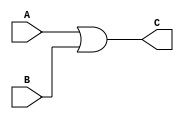
/******************************************************************
* Description
*		This is an OR gate:
* Version:
*	1.0
* Author:
*Alexis Ramirez Salgado
* email:
*	Alexis_DenisseMyLove@gmail.com
* Date:
*	02/05/2020
******************************************************************/
module ORGate
(
	input A,
	input B,
	output reg C
);

always@(*)
	C = A | B;

endmodule
//andgate//